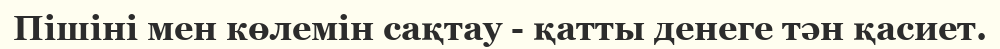
Пішіні мен көлемін сақтау - қатты денеге тән қасиет.